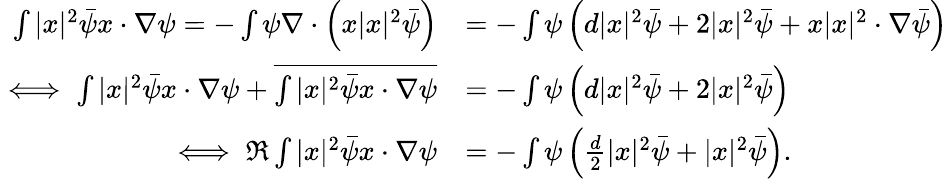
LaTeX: \begin{array}{rl}{\int|x|^{2}\bar{\psi}x\cdot\nabla\psi=-\int\psi\nabla\cdot\left(x|x|^{2}\bar{\psi}\right)}&{=-\int\psi\left(d|x|^{2}\bar{\psi}+2|x|^{2}\bar{\psi}+x|x|^{2}\cdot\nabla\bar{\psi}\right)}\\ {\iff\int|x|^{2}\bar{\psi}x\cdot\nabla\psi+\overline{{\int|x|^{2}\bar{\psi}x\cdot\nabla\psi}}}&{=-\int\psi\left(d|x|^{2}\bar{\psi}+2|x|^{2}\bar{\psi}\right)}\\ {\iff\Re\int|x|^{2}\bar{\psi}x\cdot\nabla\psi}&{=-\int\psi\left(\frac{d}{2}|x|^{2}\bar{\psi}+|x|^{2}\bar{\psi}\right).}\end{array}